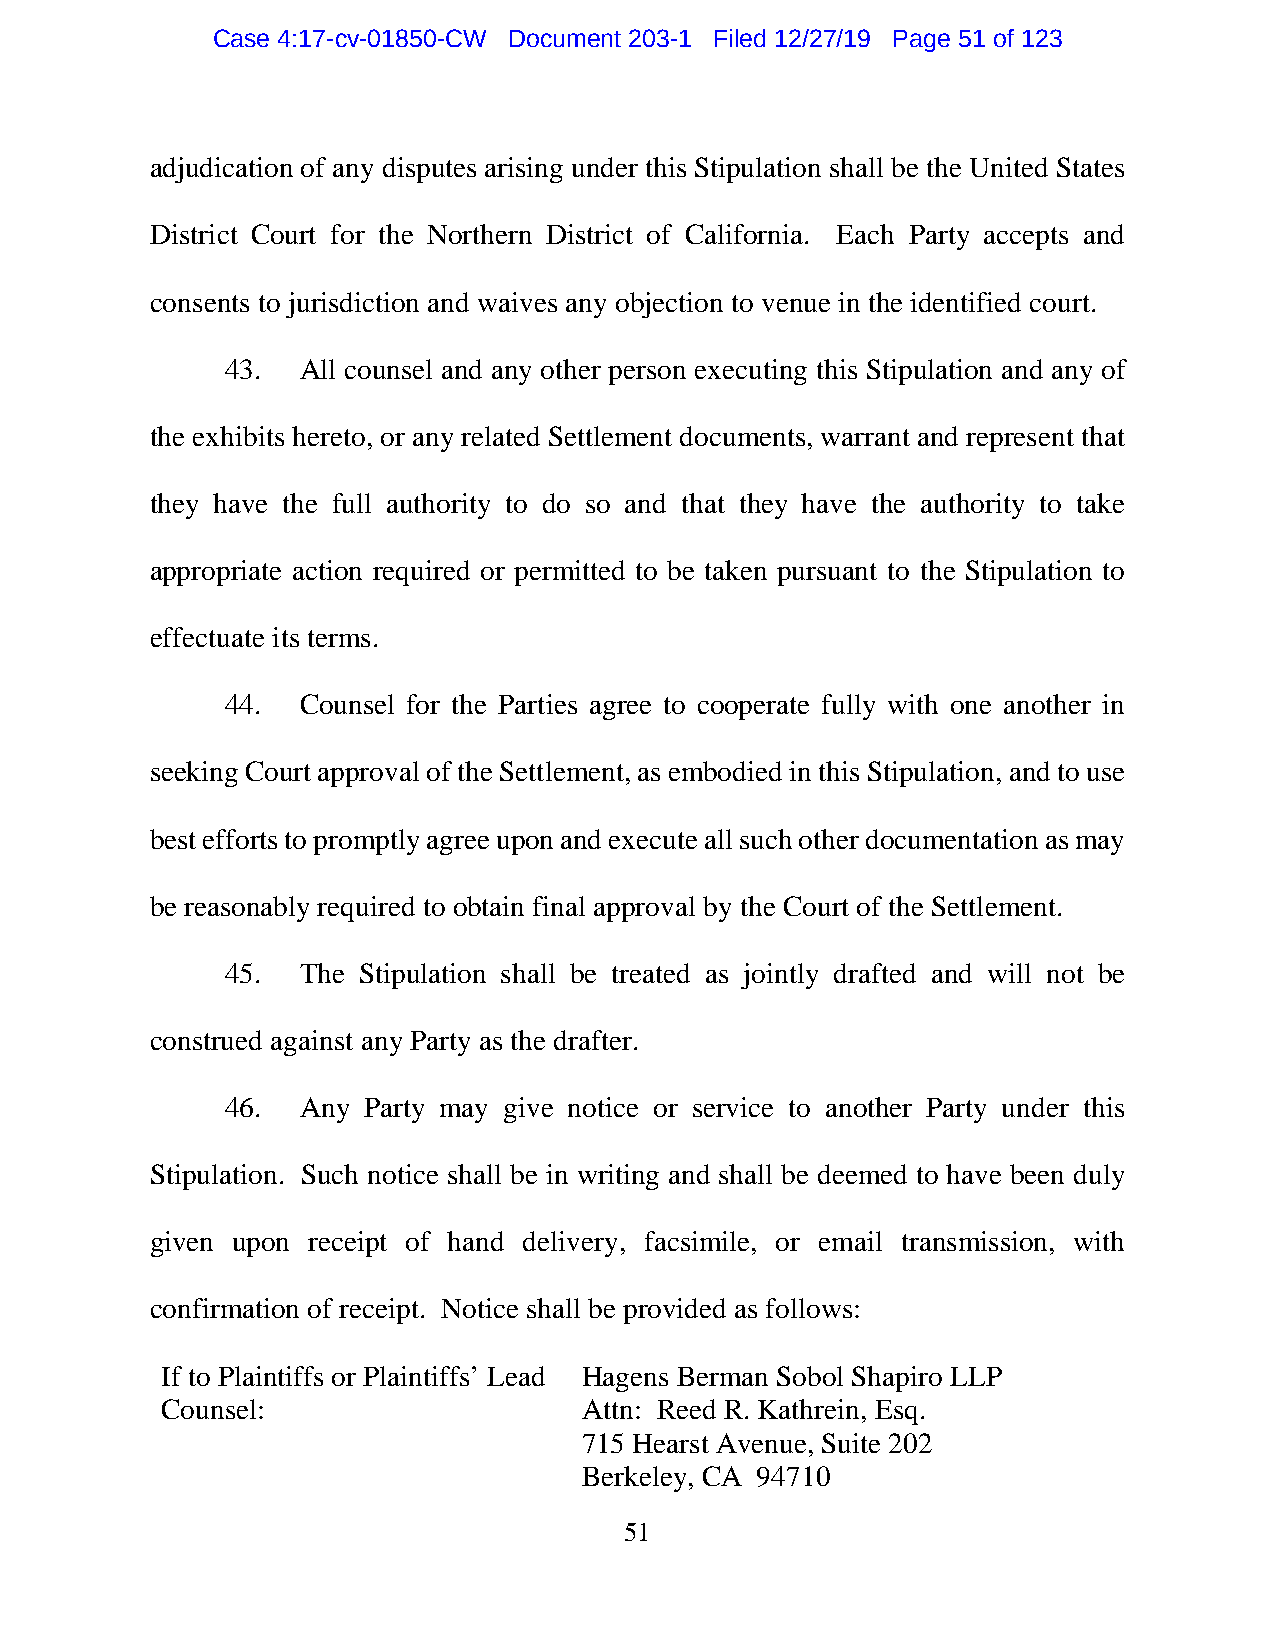
Case 4:17-cv-01850-CW Document 203-1 Filed 12/27/19 Page 51 of 123
 adjudication of any disputes arising under this Stipulation shall be the United States
 District Court for the Northern District of California. Each Party accepts and
 consents to jurisdiction and waives any objection to venue in the identified court.
 43.  All counsel and any other person executing this Stipulation and any of
 the exhibits hereto, or any related Settlement documents, warrant and represent that
 they have the full authority to do so and that they have the authority to take
 appropriate action required or permitted to be taken pursuant to the Stipulation to
 effectuate its terms.
 44.  Counsel for the Parties agree to cooperate fully with one another in
 seeking Court approval of the Settlement, as embodied in this Stipulation, and to use
 best efforts to promptly agree upon and execute all such other documentation as may
 be reasonably required to obtain final approval by the Court of the Settlement.
 45.  The Stipulation shall be treated as jointly drafted and will not be
 construed against any Party as the drafter.
 46.  Any Party may give notice or service to another Party under this
 Stipulation. Such notice shall be in writing and shall be deemed to have been duly
 given upon receipt of hand delivery, facsimile, or email transmission, with
 confirmation of receipt. Notice shall be provided as follows:
 If to Plaintiffs or Plaintiffs’ Lead Hagens Berman Sobol Shapiro LLP
 Counsel:                    Attn: Reed R. Kathrein, Esq.
 715 Hearst Avenue, Suite 202
 Berkeley, CA 94710
 51